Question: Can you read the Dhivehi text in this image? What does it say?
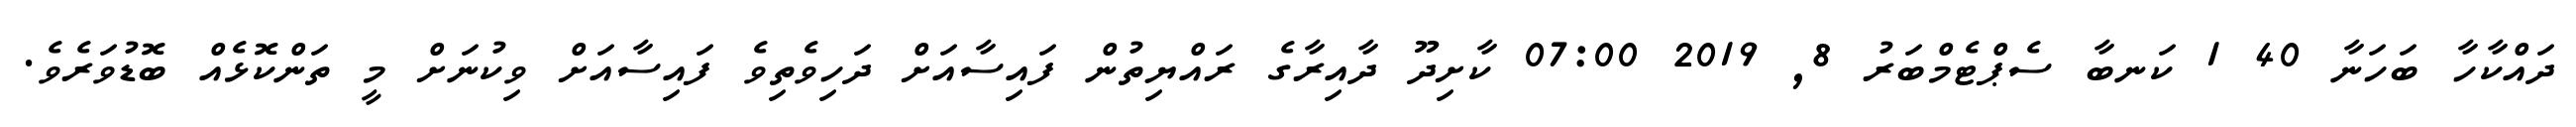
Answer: ދައްކާހާ ބަހަނާ 40 1 ކަނބާ ސެޕްޓެމްބަރު 8, 2019 07:00 ކާށިދޫ ދާއިރާގެ ރައްޔިތުން ފައިސާއަށް ދަހިވެތިވެ ފައިސާއަށް ވިކުނަށް މީ ތަންކޮޅެއް ބޮޑުވަރެވެ.